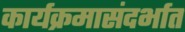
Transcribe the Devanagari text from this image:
कार्यक्रमासंदर्भात